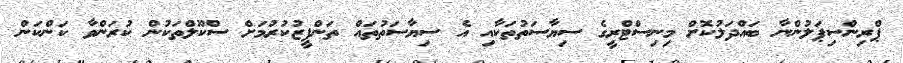
ޕްރިންސިޕަލުންނާ ބައްދަލުކޮށް މިނިސްޓްރީގެ ސިޔާސަތުތަކާއި އެ ސިޔާސަތުތައް ތަންފީޒުކުރުމަށް ސްކޫލްތަކުން ކުރަންވާ ކަންކަން